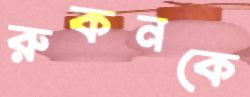
রুকনকে